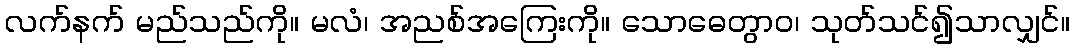
လက်နက် မည်သည်ကို။ မလံ၊ အညစ်အကြေးကို။ သောဓေတွာဝ၊ သုတ်သင်၍သာလျှင်။